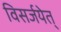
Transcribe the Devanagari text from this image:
विसर्जयेत्